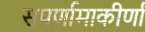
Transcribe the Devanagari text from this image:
सपर्णामाकीर्णां